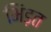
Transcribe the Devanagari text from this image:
भिंड़त